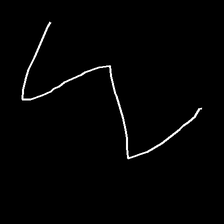
Glyph: crush